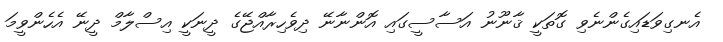
އެނގިވަޑައިގެންނެވި ގޮތަކީ ޤާނޫނު އަސާސީގައި އޮންނާނޭ ދިވެހިރާއްޖޭގެ ދީނަކީ އިސްލާމް ދީނޭ އެހެންވީމަ